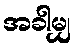
အခါမျှ